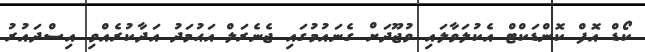
ކޯޑް އޮފް ކޮންޑަކްޓް އެކުލަވާލައި ވުޖޫދަށް ގެނައުމުގައި ޖެނެރަލް އަޙުމަދު އަދާކުރެއްވި އިސްދައުރު